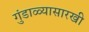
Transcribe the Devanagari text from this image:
गुंडाळ्यासारखी